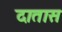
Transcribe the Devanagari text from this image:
दातास